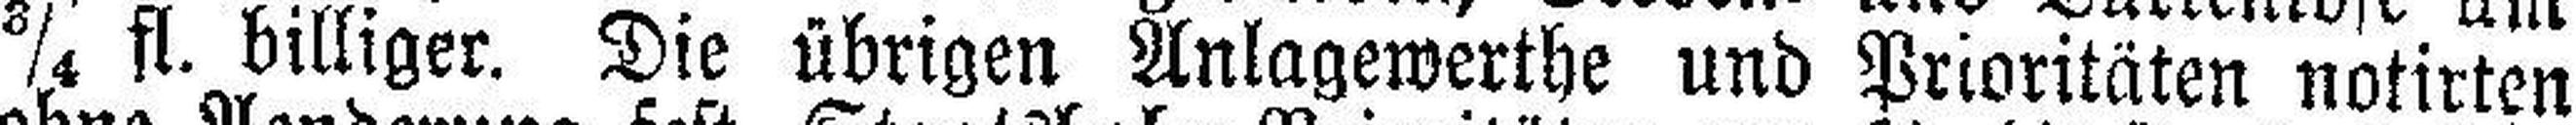
¾ fl. billiger. Die übrigen Anlagewerthe und Prioritäten notirten